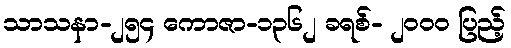
သာသနာ-၂၅၄ ကောဇာ-၁၃၆၂ ခရစ်- ၂၀၀၀ ပြည့်